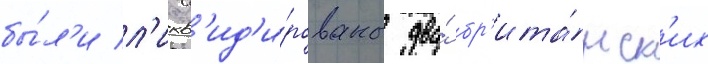
бы́л'и л'икв'ид'и́рованы два́ бр'ита́нск'их